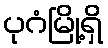
ပုဂံမြို့ရှိ